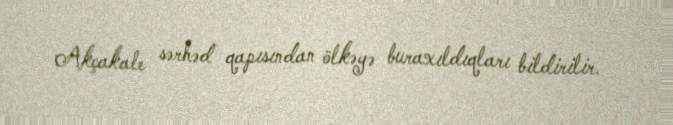
Akçakale sərhəd qapısından ölkəyə buraxıldıqları bildirilir.